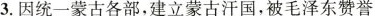
3.因统一蒙古各部，建立蒙古汗国，被毛泽东赞誉